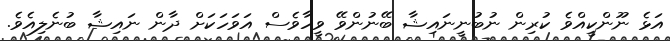
އަޅެ ނޫންކީއްވެ ކުރިން ނުބުނީނައިޝާ ބޭނުންވޭ ވީހާވެސް އަވަހަކަށް ދާން ނައިޝާ ބުނެލިއެވެ.